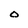
Character: 0